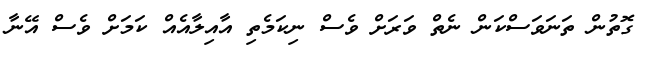
ގޮތުން ތަނަވަސްކަން ނެތް ވަރަށް ވެސް ނިކަމެތި އާއިލާާއެއް ކަމަށް ވެސް އޭނާ